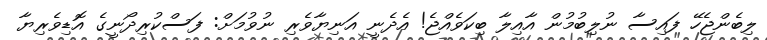
ލިބެންޖެހޭ ފައިސާ ނުލިބުމުން އާއިލާ ބިކަވެއްޖެ! އެދެނީ އަނިޔާވެރި ނުވުމަށް: ފަސްކުރިދޯނީގެ އޮޑިވެރިޔާ